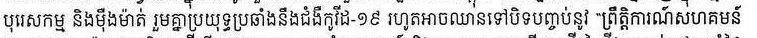
បុរេសកម្ម និងម៉ឺងម៉ាត់ រួមគ្នាប្រយុទ្ធប្រឆាំងនឹងជំងឺកូវីដ-១៩ រហូតអាចឈានទៅបិទបញ្ចប់នូវ "ព្រឹត្តិការណ៍សហគមន៍